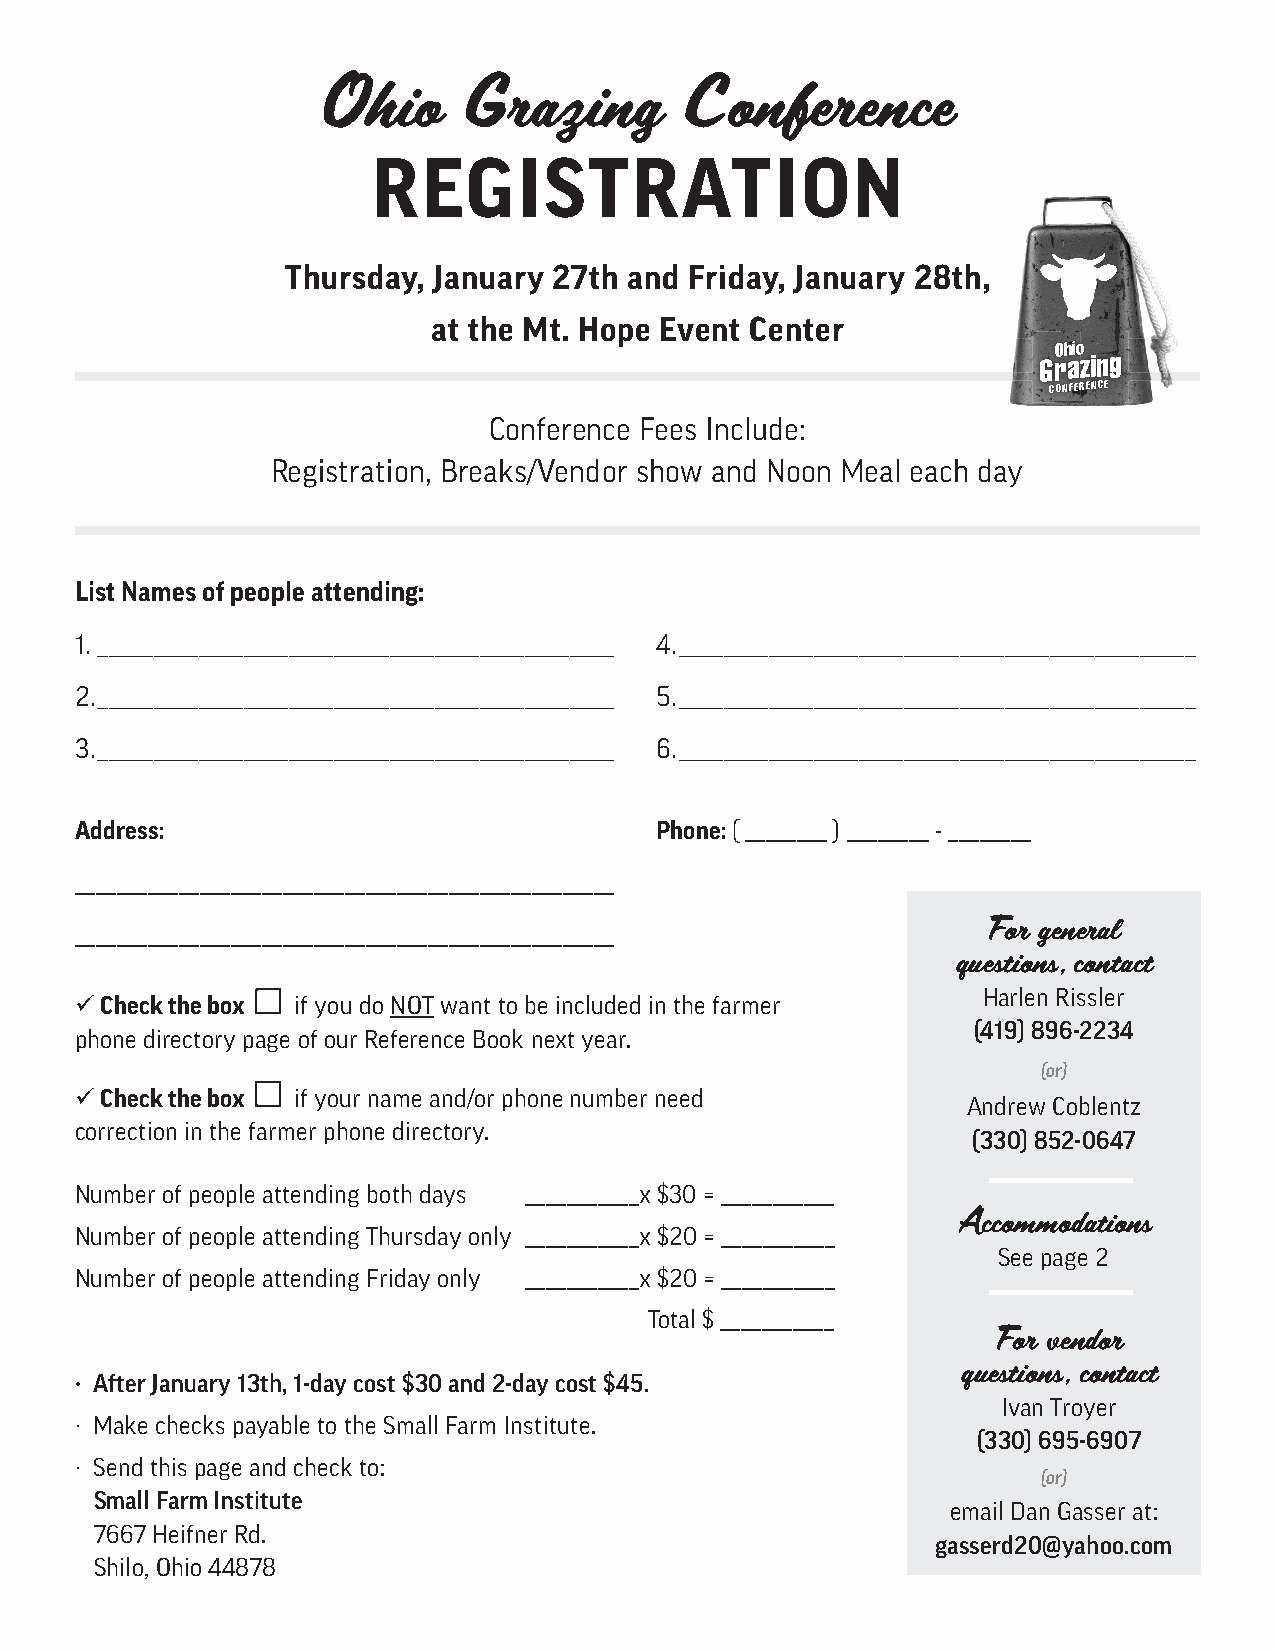
Ohio      Grazing       Conference
 REGISTRATION
 Thursday, January 27th and Friday, January 28th,
 at the Mt. Hope Event Center
 Ohio
 Grazing
 CONFERENCE
 Conference Fees Include:
 Registration, Breaks/Vendor show and Noon Meal each day
 List Names of people attending:
 1. ______________________________________________ 4. ______________________________________________
 2. ______________________________________________ 5. ______________________________________________
 3. ______________________________________________ 6. ______________________________________________
 Address:                              Phone: ( ________ ) ________ - ________
 ____________________________________________________
 For general
 ____________________________________________________
 questions, contact
 Harlen Rissler
  Check the box if you do NOT want to be included in the farmer
 (419) 896-2234
 phone directory page of our Reference Book next year.
 (or)
  Check the box if your name and/or phone number need
 Andrew Coblentz
 correction in the farmer phone directory.
 (330) 852-0647
 Number of people attending both days ___________x $30 = ___________
 Accommodations
 Number of people attending Thursday only ___________x $20 = ___________
 See page 2
 Number of people attending Friday only ___________x $20 = ___________
 Total $ ___________
 For vendor
 questions, contact
 · After January 13th, 1-day cost $30 and 2-day cost $45.
 Ivan Troyer
 · Make checks payable to the Small Farm Institute.
 (330) 695-6907
 · Send this page and check to:
 (or)
 Small Farm Institute
 email Dan Gasser at:
 7667 Heifner Rd.
 gasserd20@yahoo.com
 Shilo, Ohio 44878